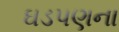
ઘડપણના